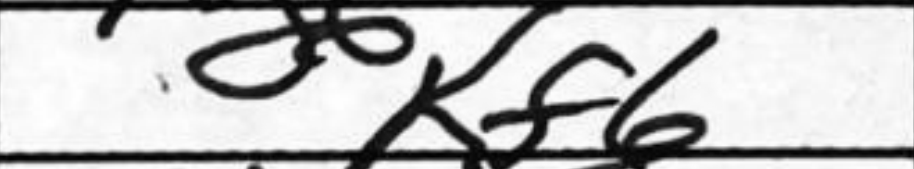
Transcription: Kf6